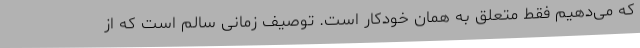
که می‌دهیم فقط متعلق به همان خودکار است. توصیف زمانی سالم است که از